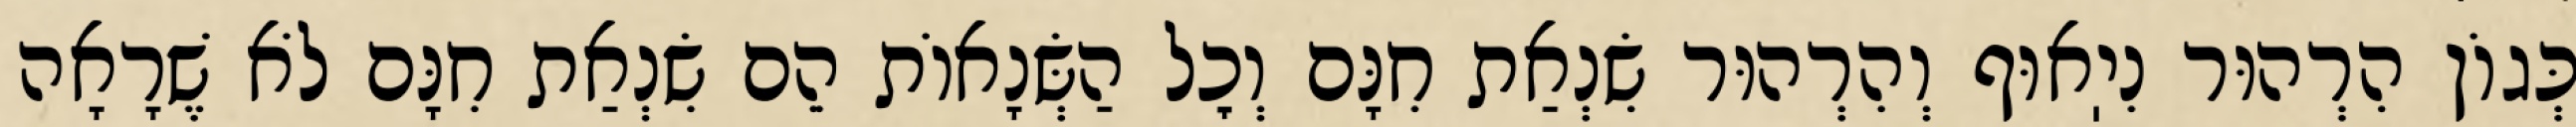
כְּגוֹן הִרְהוּר נִיֽאוּף וְהִרְהוּר שִׂנְאַת חִנָּם וְכׇל הַשְּׂנָאוֹת הֵם שִׂנְאַת חִנָּם לֹא שֶׁרָאָה